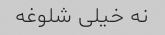
نه خیلی شلوغه